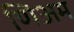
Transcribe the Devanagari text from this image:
णिअम